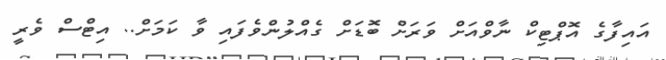
އައިފާގެ އޮޕްޓިކް ނާވްއަށް ވަރަށް ބޮޑަށް ގެއްލުންވެފައި ވާ ކަމަށް.. އިޓްސް ވެރީ